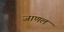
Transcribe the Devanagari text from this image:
जाणलं